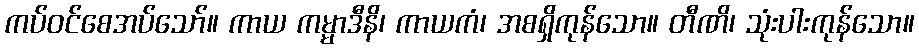
ကပ်ဝင်စေအပ်သော်။ ကာယ ကမ္မာဒီနိ၊ ကာယကံ၊ အစရှိကုန်သော။ တီဏိ၊ သုံးပါးကုန်သော။